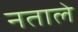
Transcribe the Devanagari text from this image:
नताले